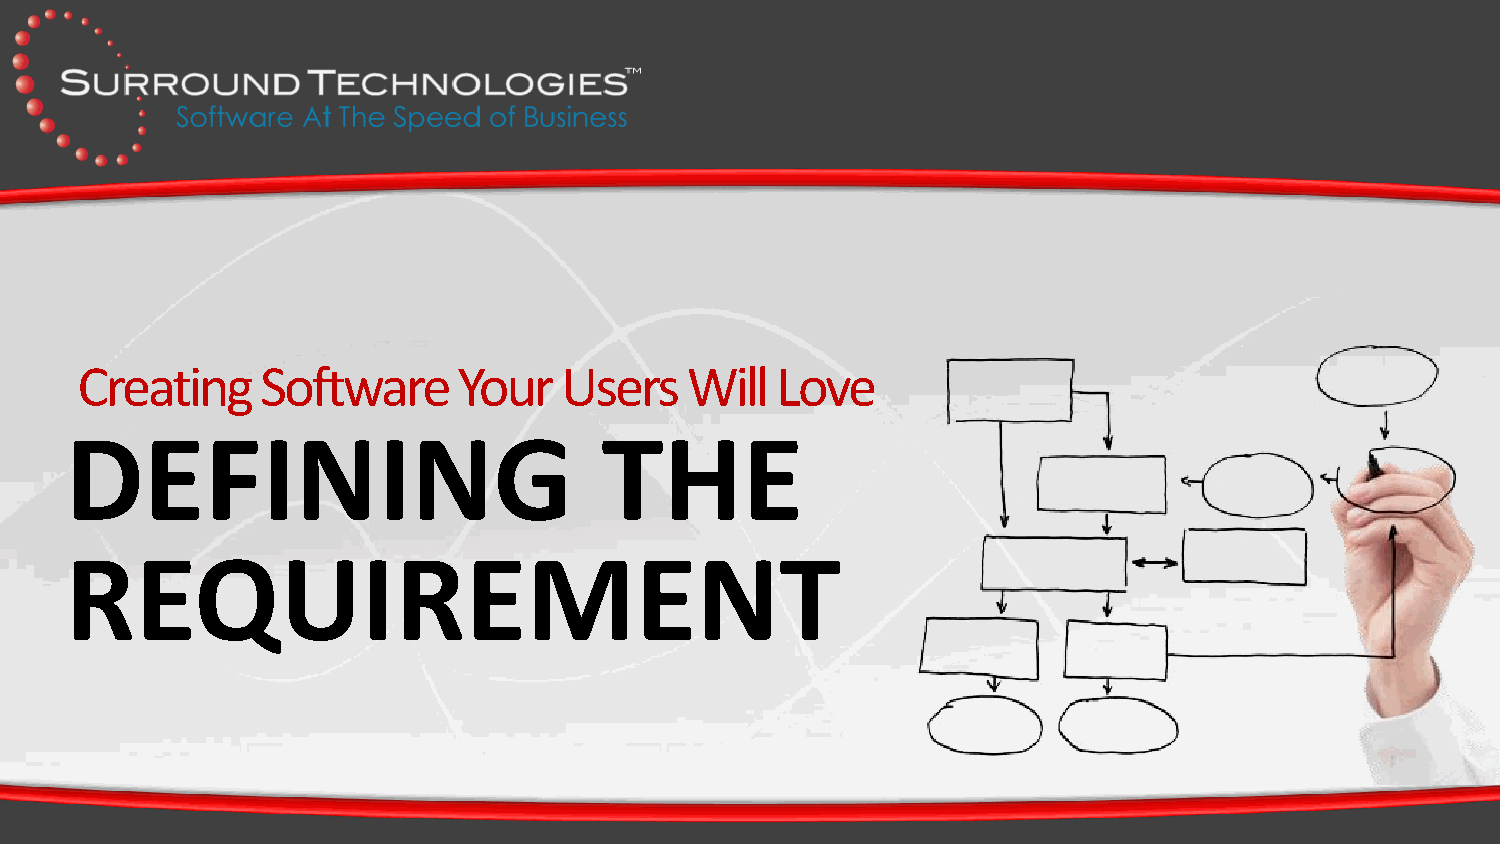
Creating    Software     Your   Users   Will  Love
 DEFINING                            THE
 REQUIREMENT
 surroundtech.com